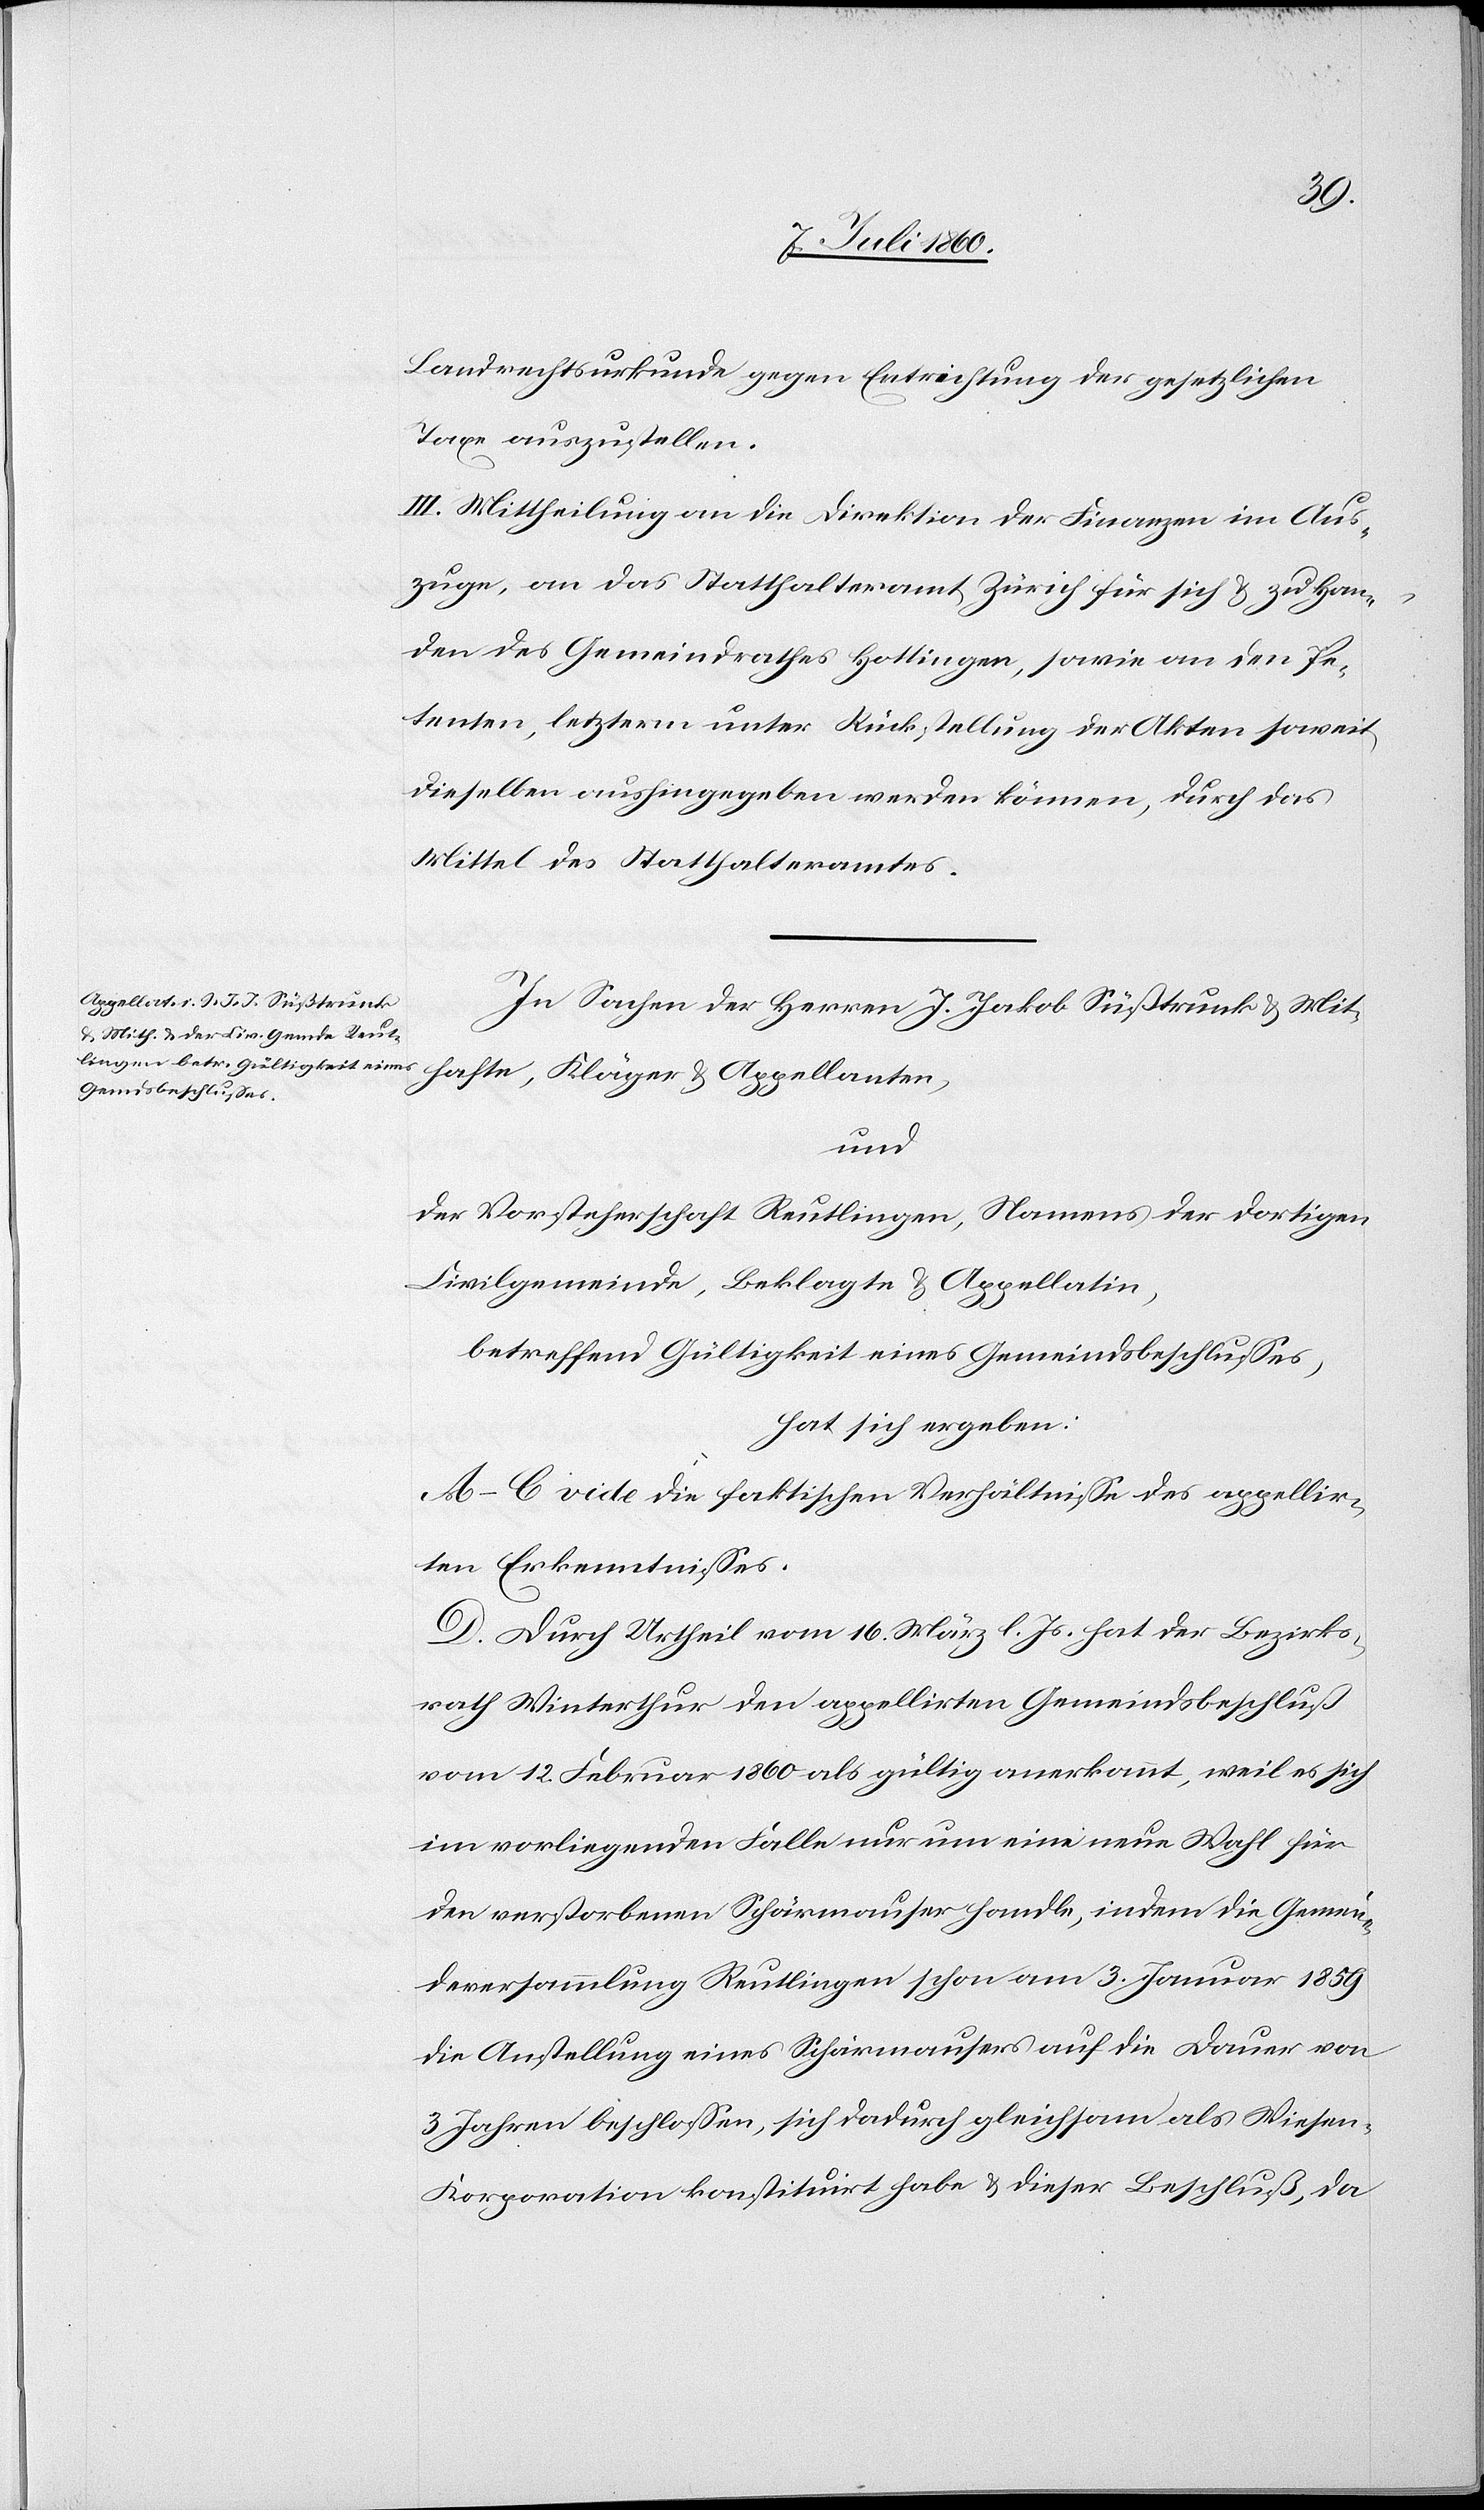
Landrechtsurkunde gegen Entrichtung der gesetzlichen
Taxe auszustellen.
III. Mittheilung an die Direktion der Finanzen im Aus¬
zuge, an das Statthalteramt Zürich für sich & zu Han¬
den des Gemeindrathes Hottingen, sowie an den Pe¬
tenten, letzterm unter Rückstellung der Akten soweit
dieselben aushingegeben werden können, durch das
Mittel des Statthalteramtes.
In Sachen der Herren J. Jakob Süßtrunk & Mit¬
hafte, Kläger & Appellanten,
und
der Vorsteherschaft Reutlingen, Namens der dortigen
Civilgemeinde, Beklagte & Appellatin,
betreffend Gültigkeit eines Gemeindsbeschlusses,
hat sich ergeben:
A–C vide die faktischen Verhältnisse des appellir¬
ten Erkenntnisses.
D. Durch Urtheil vom 16. März l. Js. hat der Bezirks¬
rath Winterthur den appellirten Gemeindsbeschluß
vom 12. Februar 1860 als gültig anerkannt, weil es sich
im vorliegenden Falle nur um eine neue Wahl für
den verstorbenen Schärmauser handle, indem die Gemein¬
deversammlung Reutlingen schon am 3. Januar 1859
die Anstellung eines Schärmausers auf die Dauer von
3 Jahren beschlossen, sich dadurch gleichsam als Wiesen¬
korporation konstituirt habe & dieser Beschluß, da